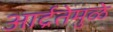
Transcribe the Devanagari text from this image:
आर्द्रतेमुळे